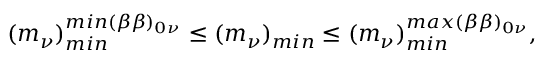
( m _ { \nu } ) _ { m i n } ^ { m i n ( \beta \beta ) _ { 0 \nu } } \leq ( m _ { \nu } ) _ { m i n } \leq ( m _ { \nu } ) _ { m i n } ^ { m a x ( \beta \beta ) _ { 0 \nu } } ,